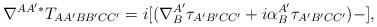
LaTeX: \begin{align*}\nabla ^{AA^{\prime }\ast }T_{AA^{\prime }BB^{\prime }CC^{\prime}}=i[(\nabla _{B}^{A^{\prime }}\tau _{A^{\prime }B^{\prime }CC^{\prime}}+i\alpha _{B}^{A^{\prime }}\tau _{A^{\prime }B^{\prime }CC^{\prime }})-], \end{align*}